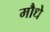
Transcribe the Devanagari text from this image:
मौधे